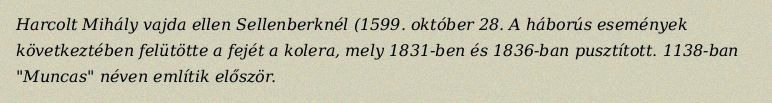
Harcolt Mihály vajda ellen Sellenberknél (1599. október 28. A háborús események következtében felütötte a fejét a kolera, mely 1831-ben és 1836-ban pusztított. 1138-ban "Muncas" néven említik először.